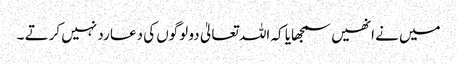
میں نے انھیں سمجھایا کہ اللہ تعالیٰ دو لوگوں کی دعا رد نہیں کرتے ۔